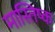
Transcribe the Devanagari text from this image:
मास्तिष्क